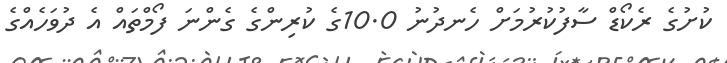
ކުށުގެ ރެކޯޑް ސާފުކުރުމަށް ހެނދުނު 10.0ގެ ކުރިންގެ ގެންނަ ފޯމްތައް އެ ދުވަހެއްގެ